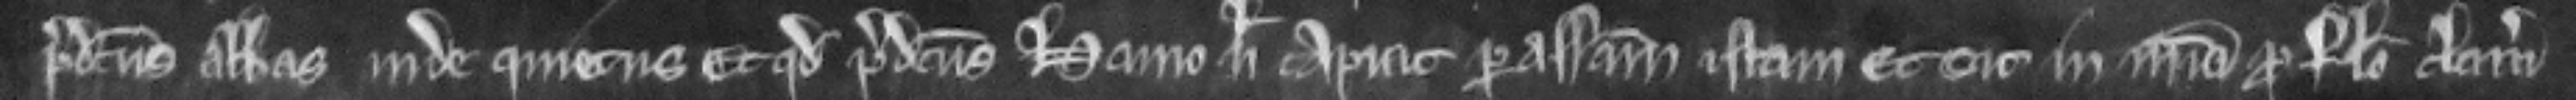
predictus Abbas inde quietus. et quod predictus Hamo nichil capiat per assisam istam et sit in misericordia pro falso clamore